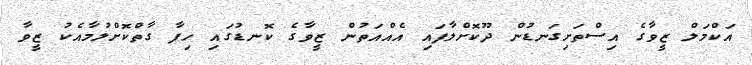
އަކްމަލް ޒީވާގެ އިސްތަށިގަނޑުން ދޫކޮށްލާފައި އެއްއަތުން ޒީވާގެ ކޮނޑުގައި ހިފާ ގާތްކޮށްލުމާއެކު ޒީވާ